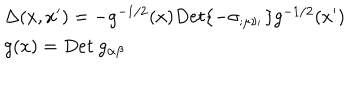
\begin{array} { l l } { { \Delta ( x , x ^ { \prime } ) = - g ^ { - 1 / 2 } ( x ) D e t \{ - \sigma _ { ; \mu \nu _ { ' } } \} g ^ { - 1 / 2 } ( x ^ { \prime } ) } } \\ { { g ( x ) = D e t ~ g _ { \alpha \beta } } } \\ \end{array}